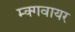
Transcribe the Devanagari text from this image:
म्क्गवायर